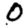
Digit: 0